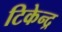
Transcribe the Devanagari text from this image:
टिकेन्द्र